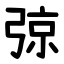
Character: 弶